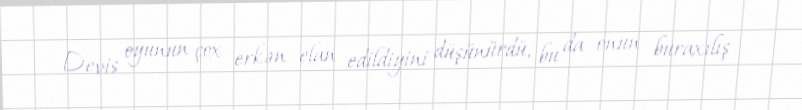
Devis oyunun çox erkən elan edildiyini düşünürdü, bu da onun buraxılış